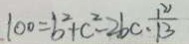
1 0 0 = b ^ { 2 } + c ^ { 2 } - 2 b c \cdot \frac { 1 2 1 } { 1 3 }